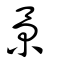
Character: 景